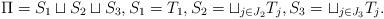
LaTeX: \begin{align*}\Pi=S_1\sqcup S_2\sqcup S_3, S_1= T_1, S_2=\sqcup_{j\in J_2} T_j, S_3= \sqcup_{j\in J_3} T_j. \end{align*}